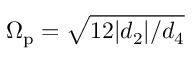
\Omega _ { \mathrm { p } } = \sqrt { 1 2 | d _ { 2 } | / d _ { 4 } }